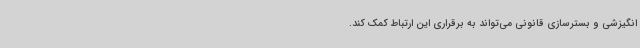
انگیزشی و بسترسازی قانونی می‌تواند به برقراری این ارتباط کمک کند.